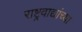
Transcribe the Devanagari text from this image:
राष्ट्रवाद्यांच्या